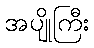
အပျိုကြီး